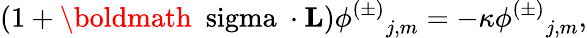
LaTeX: (1+{{\mathrm{\boldmath~\ sigma~}}\cdot{\mathbf L}}){{\phi^{(\pm)}}_{j,m}}=-\kappa{{\phi^{(\pm)}}_{j,m}},